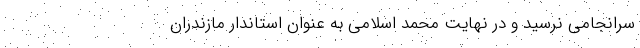
سرانجامی نرسید و در نهایت محمد اسلامی به عنوان استاندار مازندران